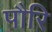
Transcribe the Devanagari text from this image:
पौरि